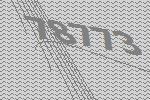
78773